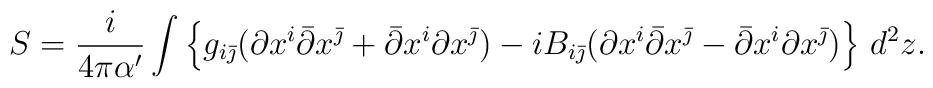
S = \frac i{4\pi\alpha^\prime}\int\left\{g_{i\bar\jmath}        (\partial x^i\bar\partial x^{\bar\jmath}+        \bar\partial x^i\partial x^{\bar\jmath})        -iB_{i\bar\jmath}(\partial x^i\bar\partial x^{\bar\jmath}-        \bar\partial x^i\partial x^{\bar\jmath})        \right\}\,d^2z.